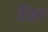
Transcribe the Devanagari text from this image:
टिबल